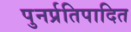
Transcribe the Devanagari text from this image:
पुनर्प्रतिपादित